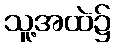
သူ့အထဲ၌